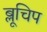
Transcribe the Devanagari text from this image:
ब्लूचिप